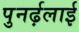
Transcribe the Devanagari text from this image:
पुनर्ढ़लाई